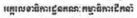
អគ្គលេខាធិការដ្ឋនគណៈកម្មាធិការដឹកនាំ